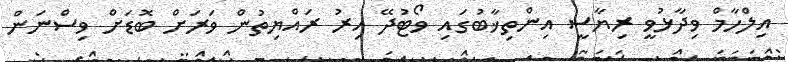
އިލްހާމް ވިދާޅުވީ ރިޔާސީ އިންތިޚާބުގައި ވޯޓުދޭ އިރު ރައްޔިތުން ވަރަށް ބޮޑަށް ވިސްނަން